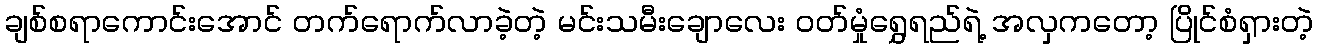
ချစ်စရာကောင်းအောင် တက်ရောက်လာခဲ့တဲ့ မင်းသမီးချောလေး ဝတ်မှုံရွှေရည်ရဲ့ အလှကတော့ ပြိုင်စံရှားတဲ့